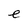
Character: e